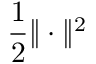
\frac { 1 } { 2 } \| \cdot \| ^ { 2 }